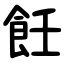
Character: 飪